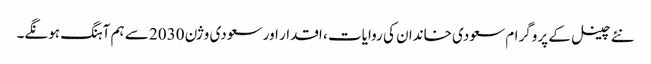
نئے چینل کے پروگرام سعودی خاندان کی روایات ، اقدار اور سعودی وژن 2030 سے ہم آہنگ ہونگے۔